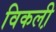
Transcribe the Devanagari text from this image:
विकली़